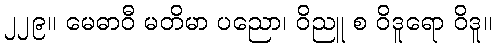
၂၂၉။ မေဓာဝီ မတိမာ ပညော၊ ဝိညူ စ ဝိဒူရော ဝိဒူ။